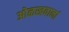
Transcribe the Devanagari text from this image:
ओळखवानां